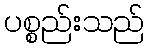
ပစ္စည်းသည်